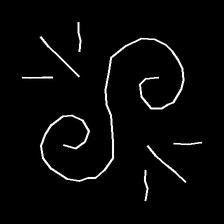
Glyph: wind-directs-air